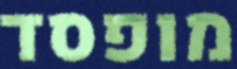
מופסד